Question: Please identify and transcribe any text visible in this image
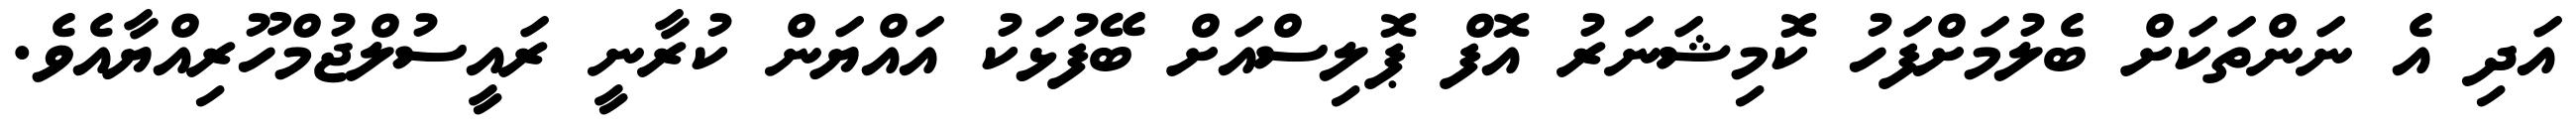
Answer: އަދި އެ ނަންތަކަށް ބެލުމަށްފަހު ކޮމިޝަނަރު އޮފް ޕޮލިސްއަށް ބޭފުޅަކު އައްޔަން ކުރާނީ ރައީސުލްޖުމްހޫރިއްޔާއެވެ.